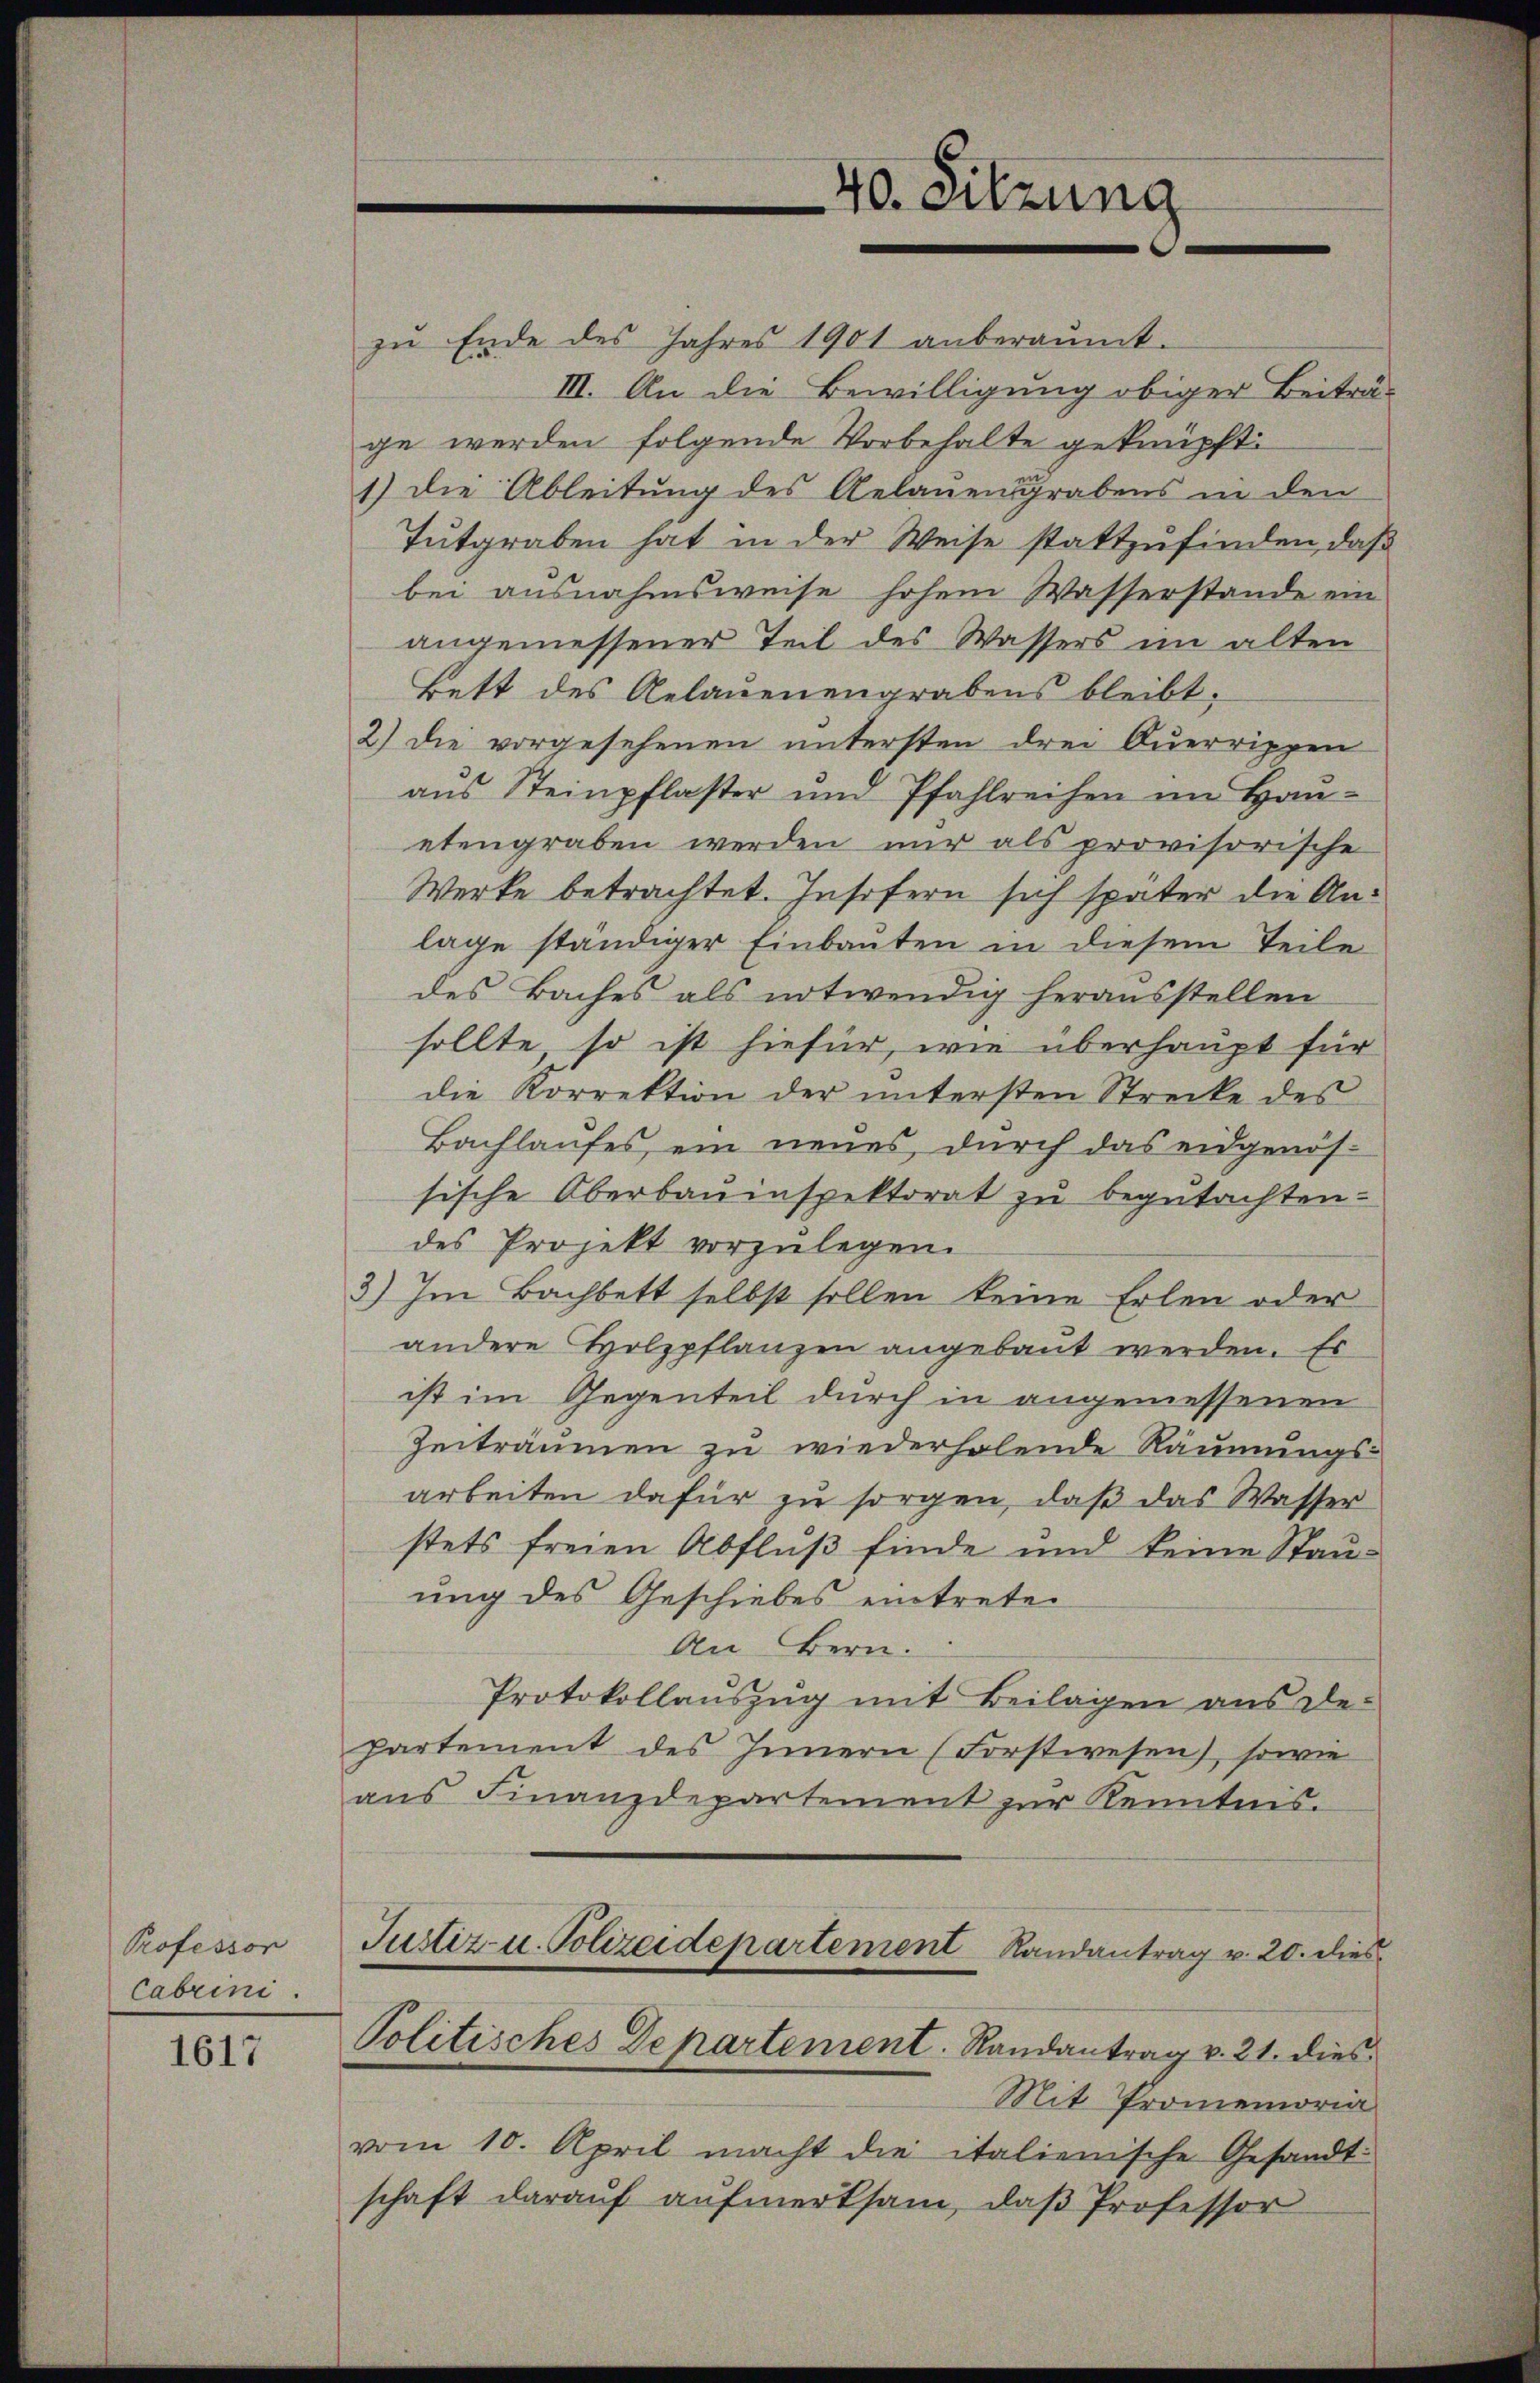
Professor
Cabrini.

1617

40. Sitzung

zŭ Ende des Jahres 1901 anberaŭmt.
III. An die Bewilligung obiger Beiträ-
ge werden folgende Vorbehalte geknüpft:
1) die Ableitung des Gelauensgrabens in den
Tutgraben hat in der Weise stattzufinden, daß
bei ausnahmsweise hohem Wasserstande ein
angemessener Teil des Wassers im alten
Bett des Gelauenengrabens bleibt,
2) die vorgesehenen untersten drei Querrippen
aus Steinpflaster und Pfahlreihen im Hanetengraben werden nur als provisorische
Werke betrachtet. Insofern sich später die Anlage ständiger Einbauten in diesem Teile
des Baches als notwendig herausstellen
sollte, so ist hiefür, wie überhaupt für
die Korrektion der untersten Strecke des
Bachlaufes ein neues, durch das eidgenös-
sische Oberbauinspektorat zu begutachten.
des Projekt vorzulegen.
3) Im Bachbett selbst sollen keine Erlen oder
andere Holzpflanzen angebaut werden. Es
ist im Gegenteil durch in angemessenen
Zeiträumen zu wiederholende Räumungsarbeiten dafür zu sorgen, daß das Wasser
stets freien Abfluß finde und keine Stauung des Geschiebes eintreten
An Bern.
Protokollaŭszŭg mit Beilagen aus de-
partement des Innern (Forstwesen), sowie
aus Finanzdepartement zur Kenntnis.
Justiz- u. Polizeidepartement Randantrag u. 20. dies
Politisches Departement. Randantrag v. 21. dies
Mit Promemoria
vom 10. April macht die italienische Gesandtschaft darauf aufmerksam, daß Professor